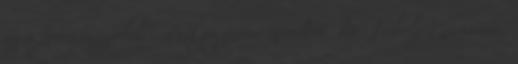
az a forrásmegjelölés, amit jegyzőnő mondott. Dr. Tuboly Marianna: